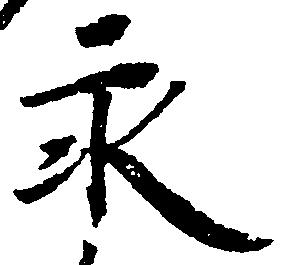
永